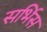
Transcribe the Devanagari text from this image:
सर्भिस